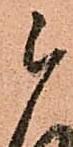
被